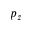
p _ { z }